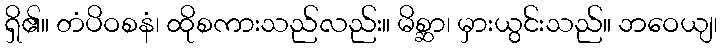
ရှိ၏။ တံပိဝစနံ၊ ထိုစကားသည်လည်း။ မိစ္ဆာ၊ မှားယွင်းသည်။ ဘဝေယျ၊